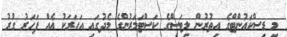
މި ޑިސްކައުންޓްގެ އިތުރުން ލިޓަސްގެ ކަސްޓަމަރުންގެ މެދުގައި އަހަރަކު އެއް ފަހަރު ގުރު